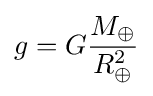
g=G{\frac {M_{\oplus }}{R_{\oplus }^{2}}}